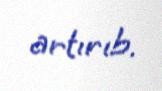
artırıb.